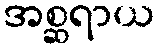
အစ္ဆရာယ